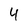
Character: 4